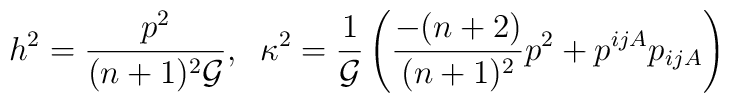
h^{2} = \frac{p^{2}}{(n+1)^{2}{\cal G}},\;\; \kappa^{2}= \frac{1}{{\cal G}}\left(\frac{-(n+2)}{(n+1)^{2}}p^{2} +p^{ijA}p_{ijA} \right)